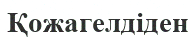
Қожагелдіден